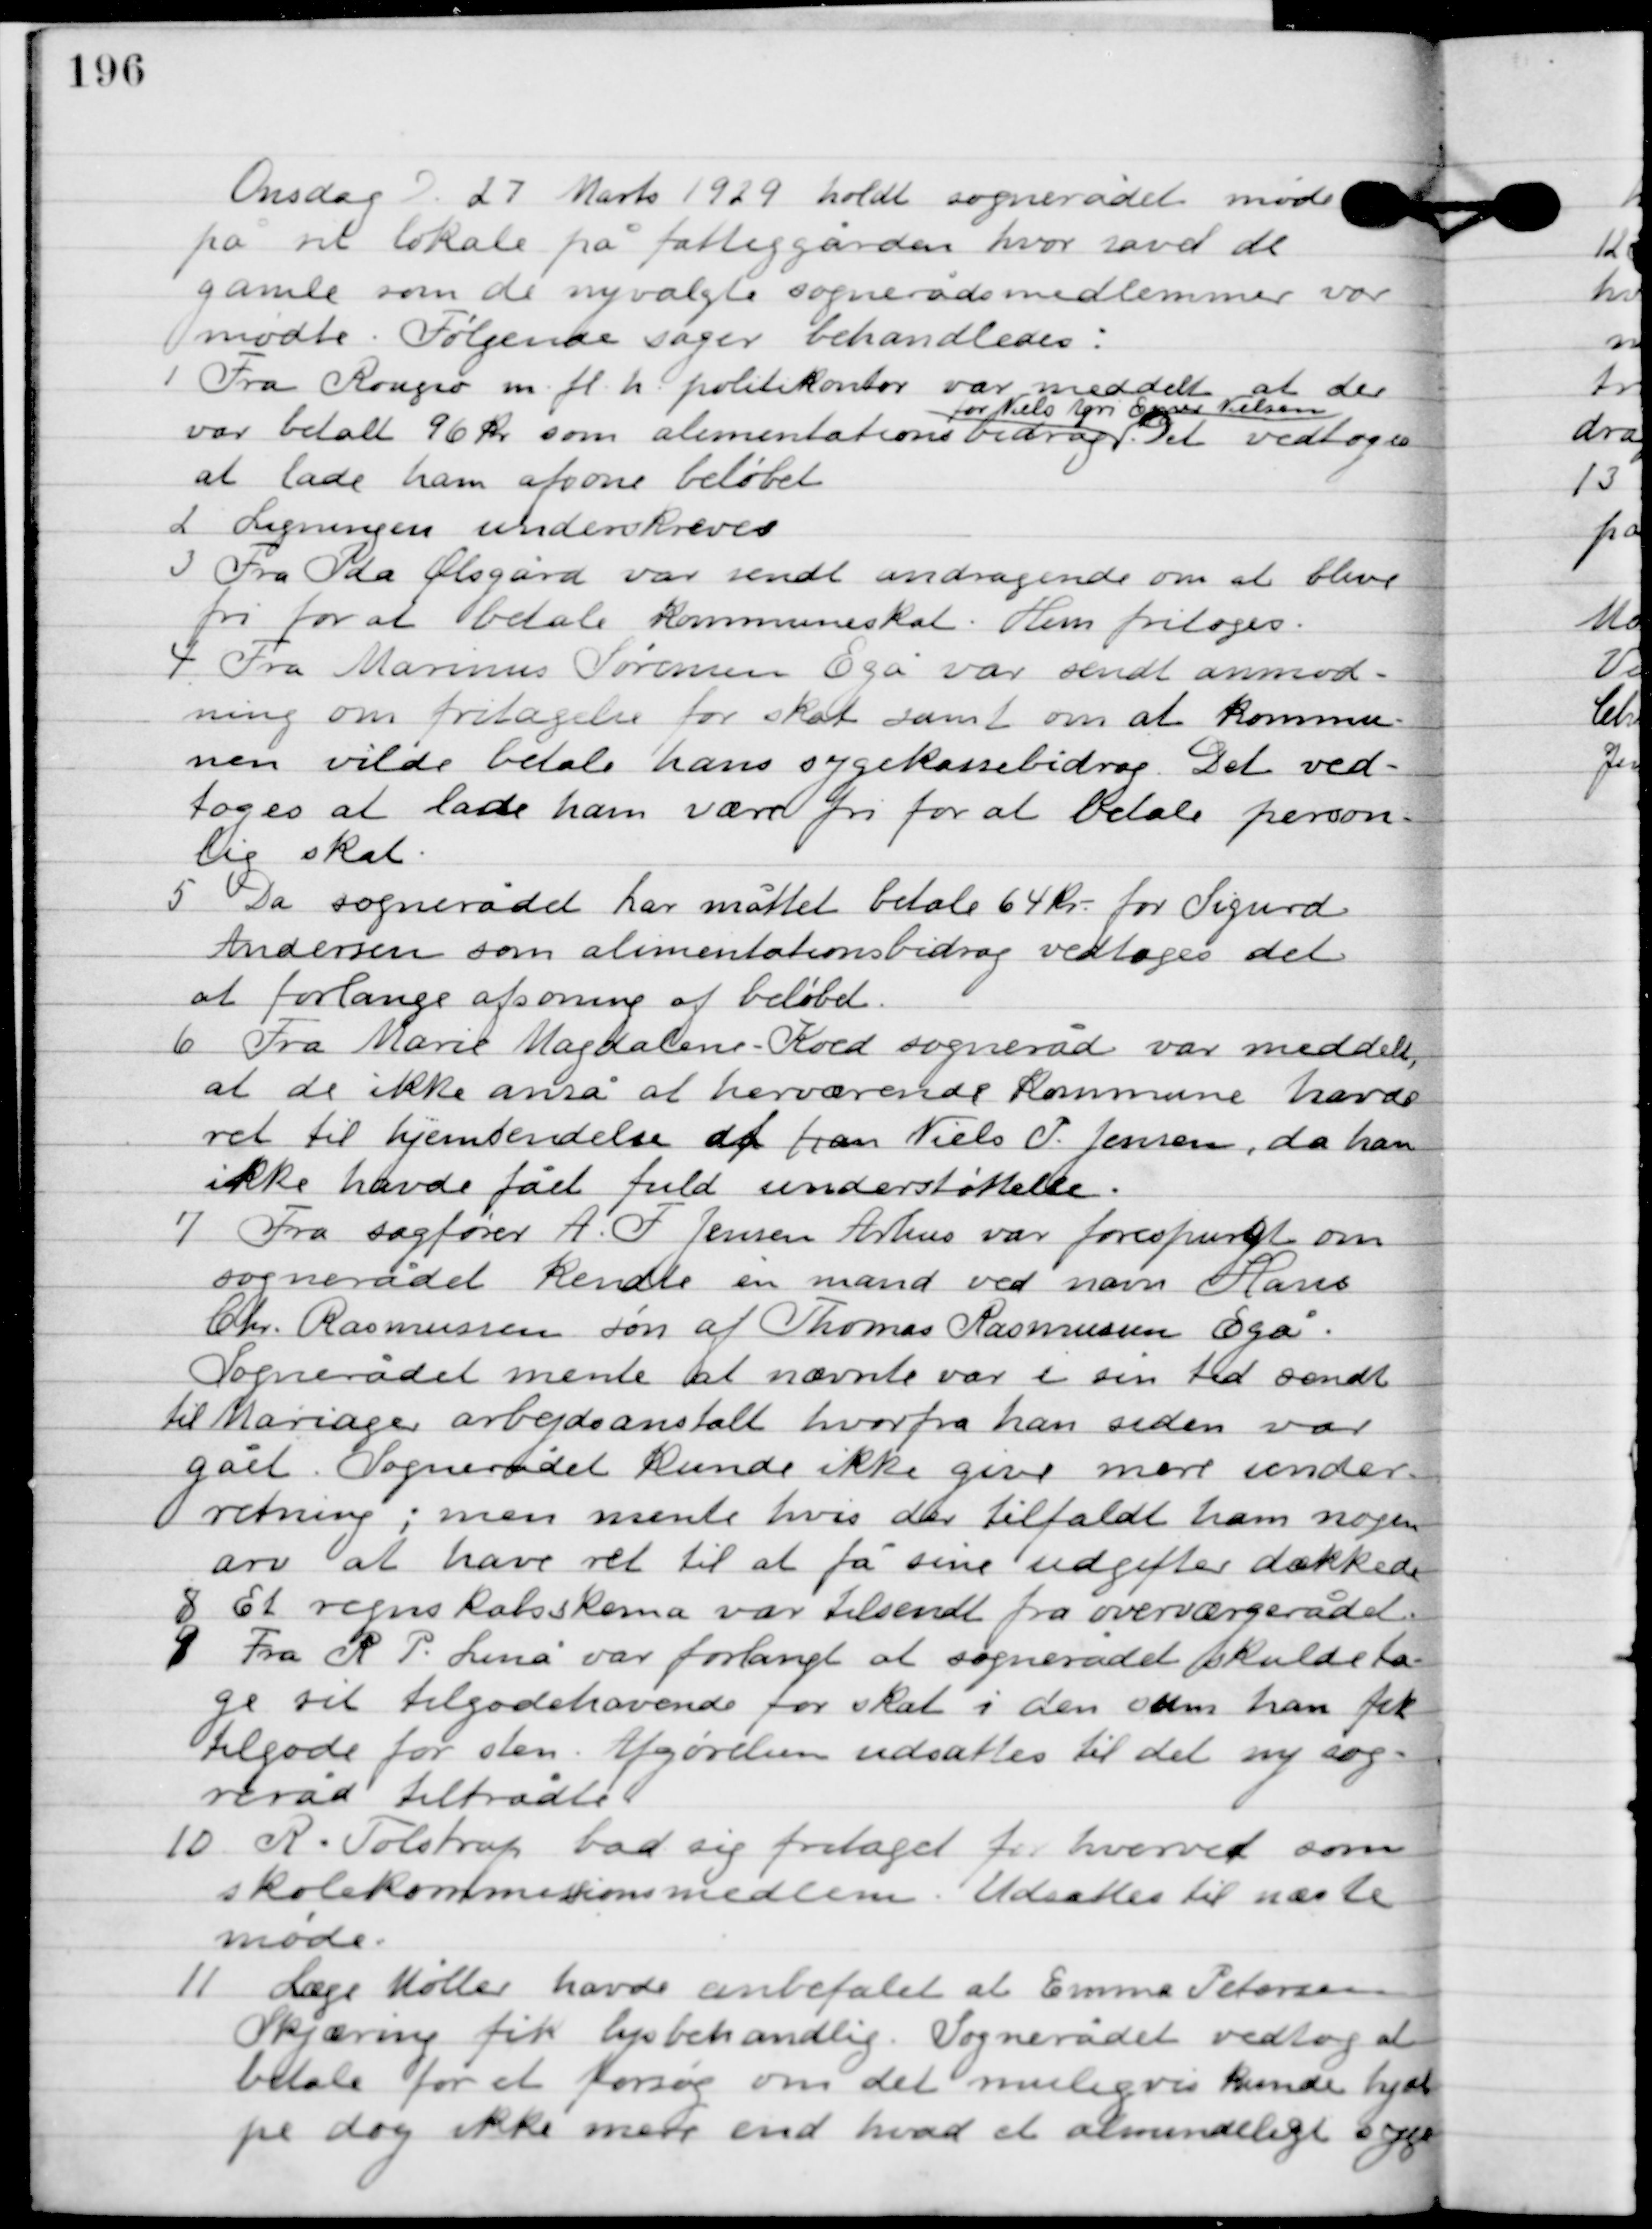
Transskription:
Onsdag D. 27. Marts 1929. holdt sognerådet møde
på sit lokale på fattiggård, hvor såvidt de
gamle som de nyvalgte sognerådsmedlemmer var
mødte. Følgende sager behandledes:

1

Fra Rougsø m.fl. h. politikontor var meddelt at der
var betalt 96 kr. som alimentationsbidrag
for Niels Agri Espersen Nielsen.
Det vedtoges
at lade ham afsone beløbet.

2

Ligningen underskrives.

3

Fra Ida Østergård var sendt andragende om at blive
fri for at betale kommuneskat. Hun fritoges.

4

Fra Marius Sørensen Egå var sendt anmod-
ning om fritagelse for skat samt om at kommu-
nen vilde betale hans sygekassebidrag. Det ved-
toges at lade ham være fri for at betale person-
lig skat.

5

Da sognerådet har måttet betale 64 kr. for Sigurd
Andersen som alimentationsbidrag vedtoges det
at forlange afsoning af beløbet.

6

Fra Marie Magdalene-Koed sogneråd var meddelt,
at de ikke anså at herværende kommune have
ret til hjemsendelse af ham Neils P. Jensen, da han
ikke have fået fuld understøttelse.

7

Fra sagfører A. T. Jensen Århus var forespurgt om
sognerådet kendte en mand ved navn Hans
Chr. Rasmussen søn af Thomas Rasmussen Egå.
Sognerådet mente at nævnte var i sin tid sendt
til Mariager arbejdes anstalt hvorfra han siden var
gået. Sognerådet kunde ikke give mere under-
retning; men mente hvis der tilfaldt ham nogen
arv at have ret til at få sine udgifter dækkede.

8

Et regnskabsskema var tilsendt fra overværgerådet.

9

Fra R. P. Linå var forlangt at sognerådet skulde ta-
ge sit tilgodehavende for skat i den som han fik
til gode for sten. Afgørelsen udsattes til det nye sog-
neråd tiltrådte.

10

R. Tolstrup bad sig fritaget fra hvervet som
skolekommisionsmedlem. Udsattes til næste
møde.

11

læge Møller havde anbefalet at Emma Petersen
Skjæring fik lysbehandling. Sognerådet vedtog at
betale for et forsøg om det muligvis kunde hjæl-
pe dog ikke mere end hvad et almindeligt syge